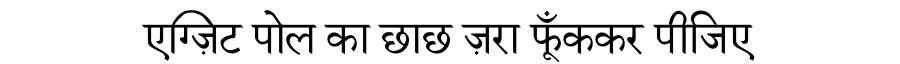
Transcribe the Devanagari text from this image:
एग्ज़िट पोल का छाछ ज़रा फूँककर पीजिए